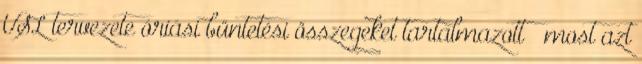
USL tervezete óriási büntetési összegeket tartalmazott – most azt